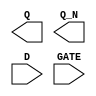
module sky130_fd_sc_lp__dlxbp (
    Q   ,
    Q_N ,
    D   ,
    GATE
);

    output Q   ;
    output Q_N ;
    input  D   ;
    input  GATE;

    // Voltage supply signals
    supply1 VPWR;
    supply0 VGND;
    supply1 VPB ;
    supply0 VNB ;

endmodule